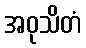
အဝုသိတံ